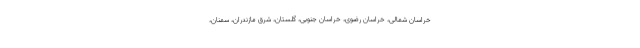
خراسان شمالی، خراسان رضوی، خراسان جنوبی، گلستان، شرق مازندران، سمنان،